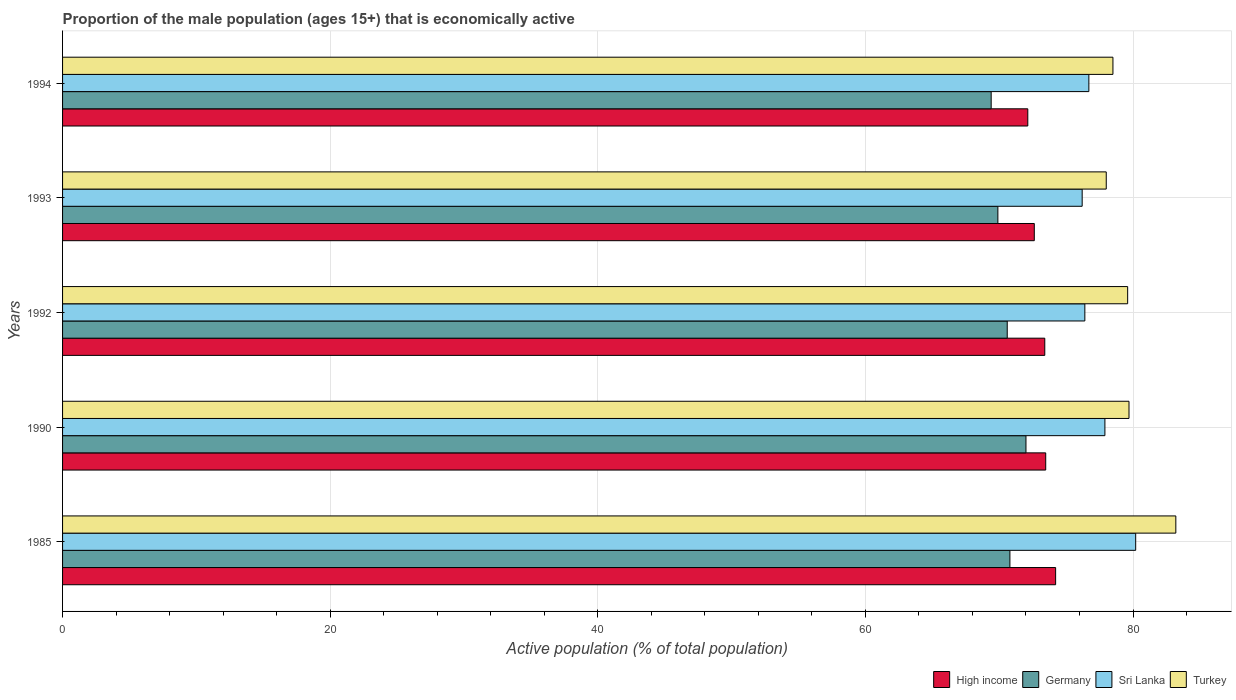
| Years | High income | Germany | Sri Lanka | Turkey |
 | --- | --- | --- | --- | --- |
 | 1985 | 74.2 | 70.8 | 80.2 | 83.2 |
 | 1990 | 73.5 | 72 | 77.9 | 79.7 |
 | 1992 | 73.4 | 70.6 | 76.4 | 79.6 |
 | 1993 | 72.6 | 69.9 | 76.2 | 78 |
 | 1994 | 72.1 | 69.4 | 76.7 | 78.5 |